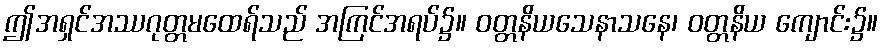
ဤအရှင်အဿဂုတ္တမထေရ်သည် အကြင်အရပ်၌။ ဝတ္တနိယသေနာသနေ၊ ဝတ္တနိယ ကျောင်း၌။